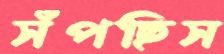
সঁপছিস